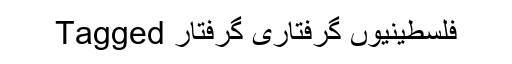
Tagged فلسطینیوں گرفتاری گرفتار